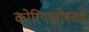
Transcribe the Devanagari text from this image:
कोरियासोबतचे